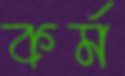
কর্ম